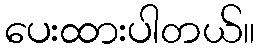
ပေးထားပါတယ်။